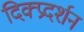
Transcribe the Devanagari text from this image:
दिक्प्रदर्शन